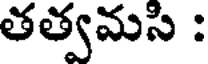
తత్వమసి :